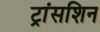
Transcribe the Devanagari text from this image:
ट्रांसशिन